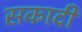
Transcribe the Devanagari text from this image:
सकादी